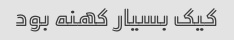
کیک بسیار کهنه بود